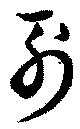
列